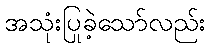
အသုံးပြုခဲ့သော်လည်း